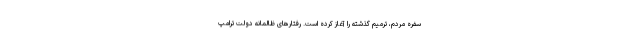
سفره مردم، ترمیم گذشته را آغاز کرده است. رفتارهای ظالمانه دولت ترامپ